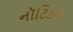
નૉટિકલ